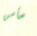
مأمن